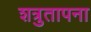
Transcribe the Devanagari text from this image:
शत्रुतापना